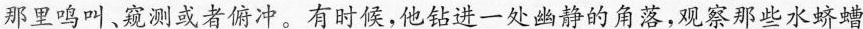
那里鸣叫，窥测或者俯冲。有时候，他钻进一处幽静的角落，观察那些水蛴螬